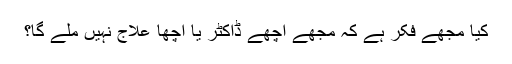
کیا مجھے فکر ہے کہ مجھے اچھے ڈاکٹر یا اچھا علاج نہیں ملے گا؟